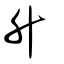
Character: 陞